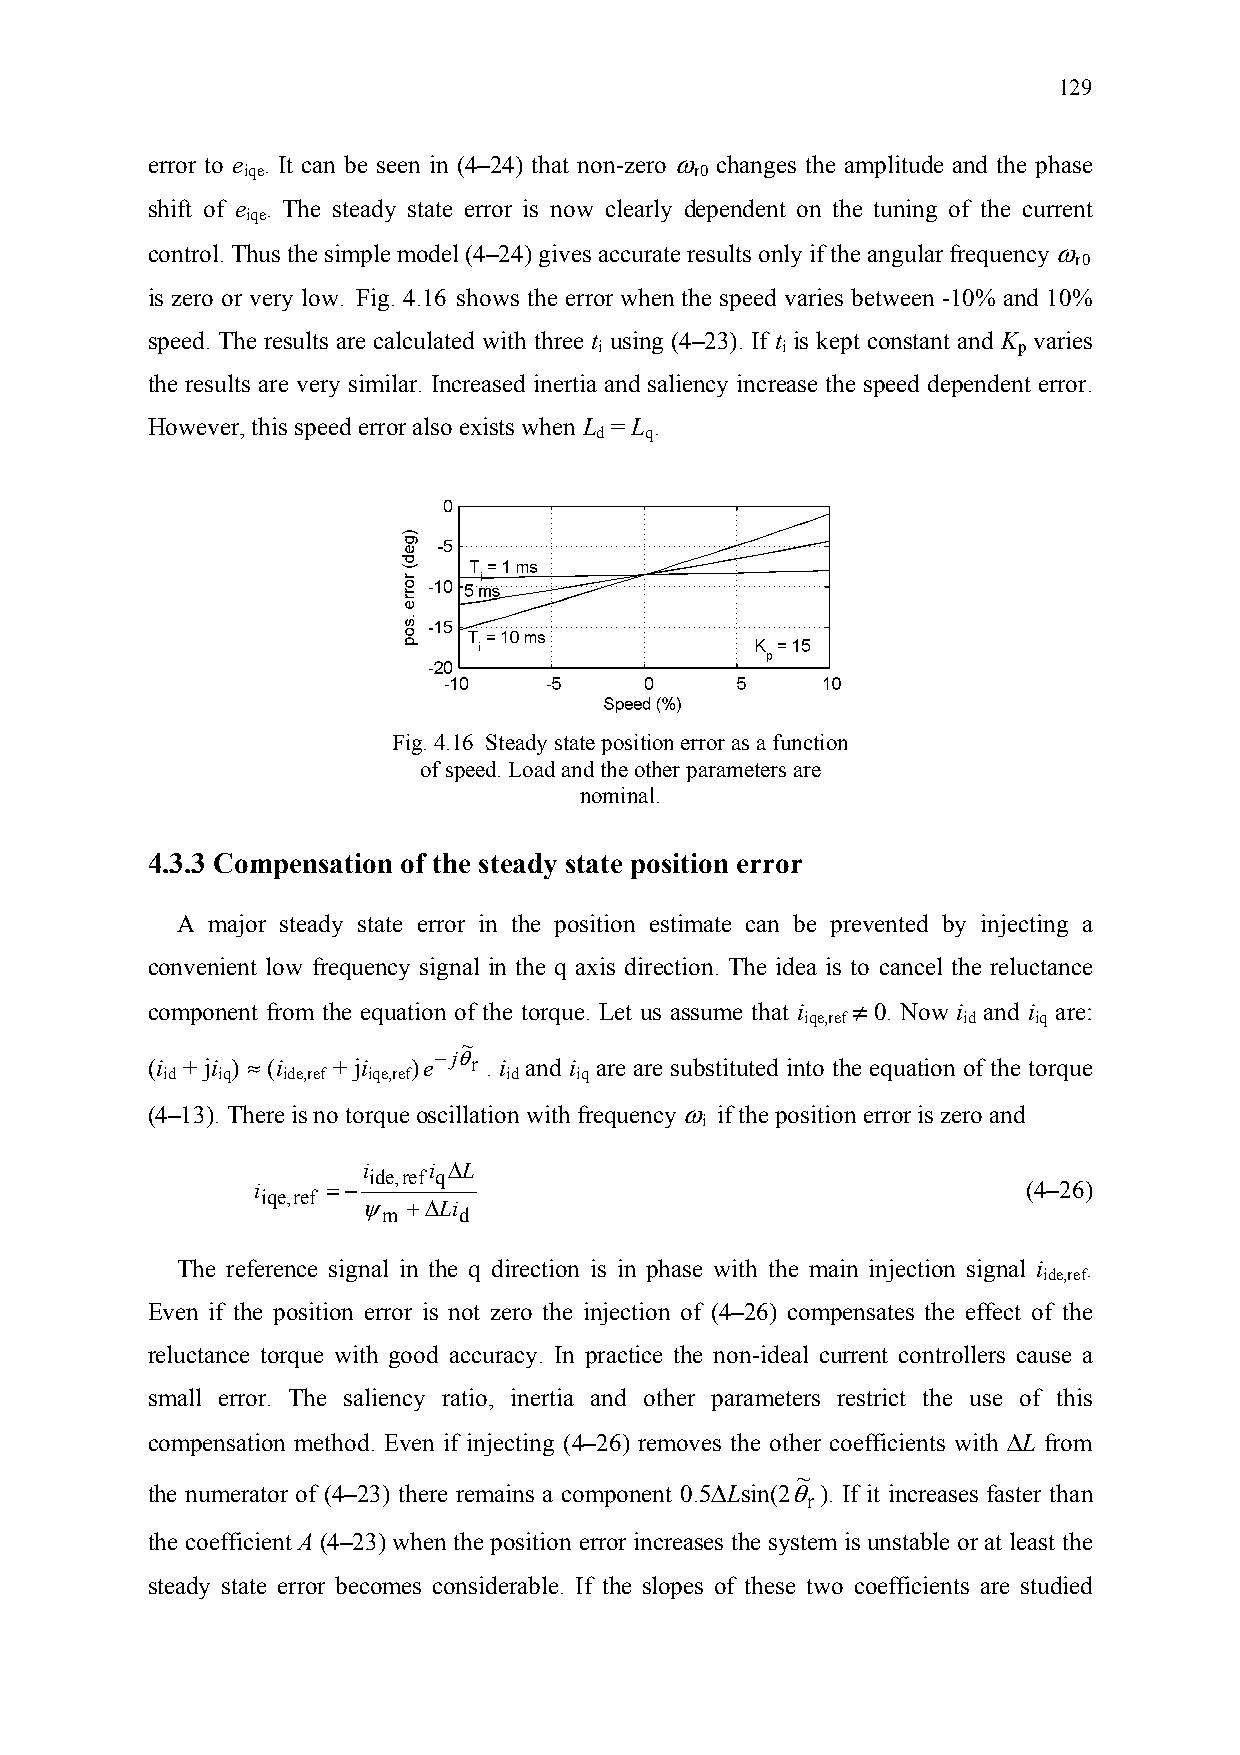
129
 error to e . It can be seen in (4–24) that non-zero ω changes the amplitude and the phase
 iqe                           r0
 shift of e . The steady state error is now clearly dependent on the tuning of the current
 iqe
 control. Thus the simple model (4–24) gives accurate results only if the angular frequency ω
 r0
 is zero or very low. Fig. 4.16 shows the error when the speed varies between -10% and 10%
 speed. The results are calculated with three t using (4–23). If t is kept constant and K varies
 i           i              p
 the results are very similar. Increased inertia and saliency increase the speed dependent error.
 However, this speed error also exists when L = L .
 d   q
 Fig. 4.16 Steady state position error as a function
 of speed. Load and the other parameters are
 nominal.
 4.3.3 Compensation of the steady state position error
 A major steady state error in the position estimate can be prevented by injecting a
 convenient low frequency signal in the q axis direction. The idea is to cancel the reluctance
 component from the equation of the torque. Let us assume that i ≠ 0. Now i and i are:
 iqe,ref    id  iq
 ~
 (i + ji ) ≈ (i + ji
 )e−jθ
 r . i and i are are substituted into the equation of the torque
 id iq   ide,ref iqe,ref id iq
 (4–13). There is no torque oscillation with frequency ω if the position error is zero and
 i
 i   i ∆L
 ide,ref q
 i    =−                                            (4–26)
 iqe,ref ψ +∆Li
 m    d
 The reference signal in the q direction is in phase with the main injection signal i .
 ide,ref
 Even if the position error is not zero the injection of (4–26) compensates the effect of the
 reluctance torque with good accuracy. In practice the non-ideal current controllers cause a
 small error. The saliency ratio, inertia and other parameters restrict the use of this
 compensation method. Even if injecting (4–26) removes the other coefficients with ∆L from
 ~
 the numerator of (4–23) there remains a component 0.5∆Lsin(2θ). If it increases faster than
 r
 the coefficient A (4–23) when the position error increases the system is unstable or at least the
 steady state error becomes considerable. If the slopes of these two coefficients are studied